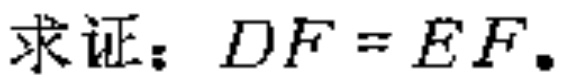
求证：\(DF = EF\).